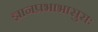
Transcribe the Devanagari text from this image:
ज्ञानप्रभाभासुराः